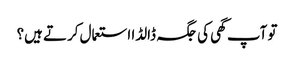
تو آپ گھی کی جگہ ڈالڈا استعمال کرتے ہیں؟